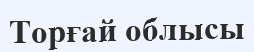
Торғай облысы